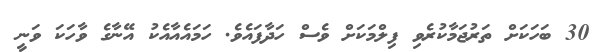
30 ބަހަކަށް ތަރުޖަމާކުރެވި ފިލްމަކަށް ވެސް ހަދާފައެވެ. ހަމައެއާއެކު އޭނާގެ ވާހަކަ ވަނީ